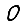
Digit: 0